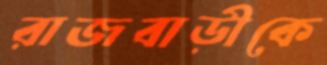
রাজবাড়ীকে